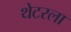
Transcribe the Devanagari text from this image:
थेटरला